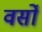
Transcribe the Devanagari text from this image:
वर्सो